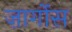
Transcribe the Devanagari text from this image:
ज़ार्गोस